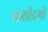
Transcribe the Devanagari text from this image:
कसीदगी